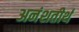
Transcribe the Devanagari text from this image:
अनंशतीर्थ